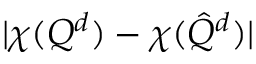
| \chi ( { Q } ^ { d } ) - \chi ( \hat { { Q } } ^ { d } ) |